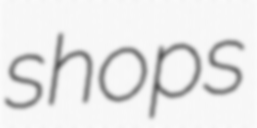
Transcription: shops